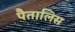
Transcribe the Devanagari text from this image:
पैतालिस